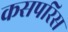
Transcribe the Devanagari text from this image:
कसपरिस